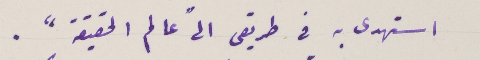
استهدى به في طريقى الى عالم الحقيقة".